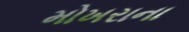
મોખરાના